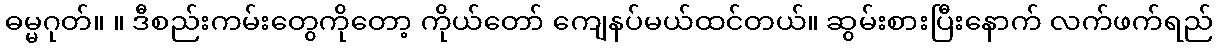
ဓမ္မဂုတ်။ ။ ဒီစည်းကမ်းတွေကိုတော့ ကိုယ်တော် ကျေနပ်မယ်ထင်တယ်။ ဆွမ်းစားပြီးနောက် လက်ဖက်ရည်